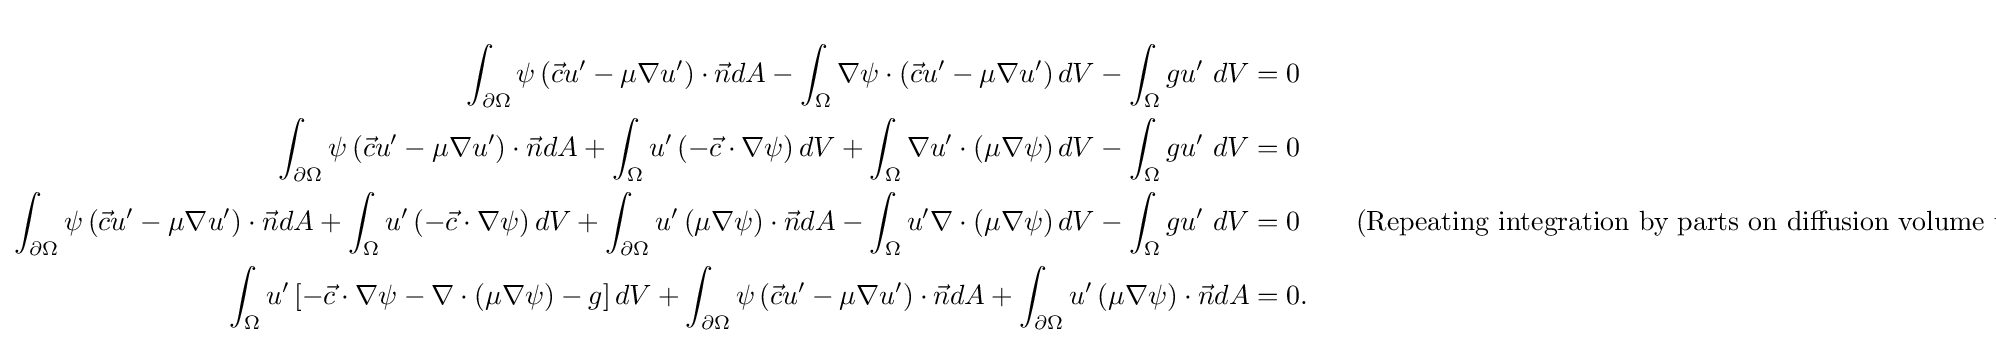
{\begin{aligned}\int _{\partial \Omega }\psi \left({\vec {c}}u'-\mu \nabla u'\right)\cdot {\vec {n}}dA-\int _{\Omega }\nabla \psi \cdot \left({\vec {c}}u'-\mu \nabla u'\right)dV-\int _{\Omega }gu'\ dV&=0\\\int _{\partial \Omega }\psi \left({\vec {c}}u'-\mu \nabla u'\right)\cdot {\vec {n}}dA+\int _{\Omega }u'\left(-{\vec {c}}\cdot \nabla \psi \right)dV+\int _{\Omega }\nabla u'\cdot \left(\mu \nabla \psi \right)dV-\int _{\Omega }gu'\ dV&=0\\\int _{\partial \Omega }\psi \left({\vec {c}}u'-\mu \nabla u'\right)\cdot {\vec {n}}dA+\int _{\Omega }u'\left(-{\vec {c}}\cdot \nabla \psi \right)dV+\int _{\partial \Omega }u'\left(\mu \nabla \psi \right)\cdot {\vec {n}}dA-\int _{\Omega }u'\nabla \cdot \left(\mu \nabla \psi \right)dV-\int _{\Omega }gu'\ dV&=0\qquad {\text{(Repeating integration by parts on diffusion volume term)}}\\\int _{\Omega }u'\left[-{\vec {c}}\cdot \nabla \psi -\nabla \cdot \left(\mu \nabla \psi \right)-g\right]dV+\int _{\partial \Omega }\psi \left({\vec {c}}u'-\mu \nabla u'\right)\cdot {\vec {n}}dA+\int _{\partial \Omega }u'\left(\mu \nabla \psi \right)\cdot {\vec {n}}dA&=0.\end{aligned}}